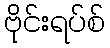
ဗိုင်းရပ်စ်